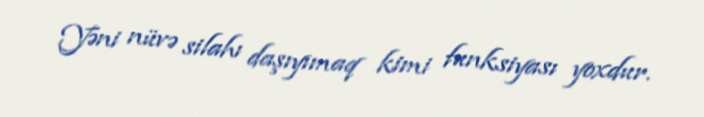
Yəni nüvə silahı daşıyımaq kimi funksiyası yoxdur.